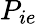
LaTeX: P_{ie}